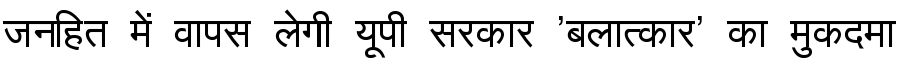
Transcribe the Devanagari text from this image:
जनहित में वापस लेगी यूपी सरकार 'बलात्कार' का मुकदमा